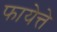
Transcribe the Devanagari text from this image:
फायेत्ते